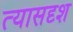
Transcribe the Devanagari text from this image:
त्यासदृश